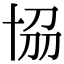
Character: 𠦢